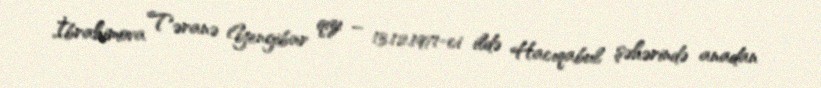
İbrahimova Təranə Yengibar qızı – 13.12.1971-ci ildə Hacıqabul şəhərində anadan